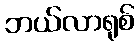
ဘယ်လာရုစ်